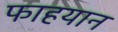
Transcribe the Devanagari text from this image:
फाहयान